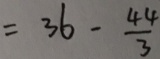
= 3 6 - \frac { 4 4 } { 3 }